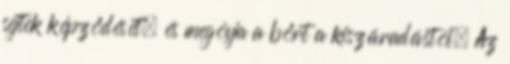
sejtek képződését, és megóvja a bőrt a kiszáradástól. Az